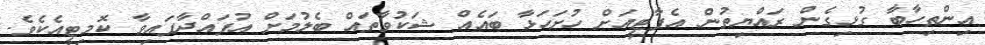
އިންތިހާބާ ގުޅިގެން ރައްޔިތުން އެޕާޓީއަށް ހުށަހަޅާ ބައެއް ޝަކުވާތައް ބެލުމަށް އުފައްދާފައިވާ ކޮމިޓީއެކެވެ.